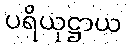
ပရိယုဋ္ဌာယ